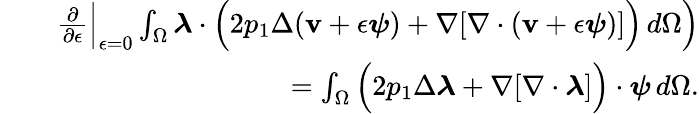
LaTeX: \begin{array}{rlr}&{}&{\frac{\partial}{\partial\epsilon}\Big\rvert_{\epsilon=0}\int_{\Omega}\boldsymbol{\lambda}\cdot\Big(2p_{1}\Delta(\mathbf{v}+\epsilon\boldsymbol{\psi})+\nabla[\nabla\cdot(\mathbf{v}+\epsilon\boldsymbol{\psi})]\Big)\, d\Omega\Big)}\\ &{}&{=\int_{\Omega}\Big(2p_{1}\Delta\boldsymbol{\lambda}+\nabla[\nabla\cdot\boldsymbol{\lambda}]\Big)\cdot\boldsymbol{\psi}\, d\Omega.}\end{array}